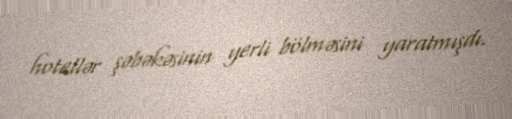
hotellər şəbəkəsinin yerli bölməsini yaratmışdı.